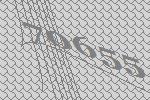
70655